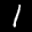
Digit: 1